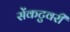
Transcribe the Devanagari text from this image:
सेंकटुवरी